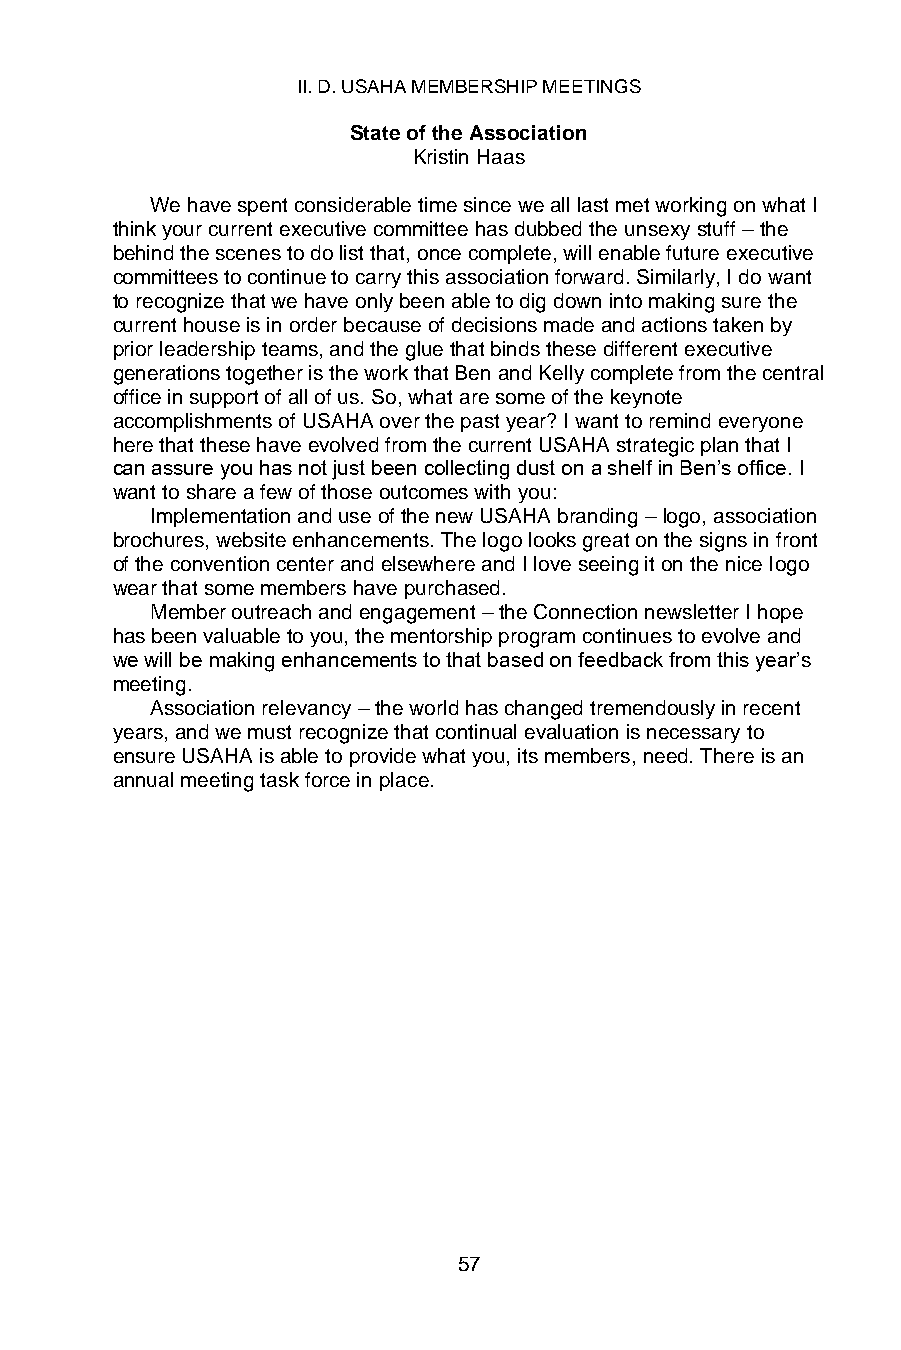
II. D. USAHA MEMBERSHIP MEETINGS
 State of the Association
 Kristin Haas
 We have spent considerable time since we all last met working on what I
 think your current executive committee has dubbed the unsexy stuff – the
 behind the scenes to do list that, once complete, will enable future executive
 committees to continue to carry this association forward. Similarly, I do want
 to recognize that we have only been able to dig down into making sure the
 current house is in order because of decisions made and actions taken by
 prior leadership teams, and the glue that binds these different executive
 generations together is the work that Ben and Kelly complete from the central
 office in support of all of us. So, what are some of the keynote
 accomplishments of USAHA over the past year? I want to remind everyone
 here that these have evolved from the current USAHA strategic plan that I
 can assure you has not just been collecting dust on a shelf in Ben’s office. I
 want to share a few of those outcomes with you:
 Implementation and use of the new USAHA branding – logo, association
 brochures, website enhancements. The logo looks great on the signs in front
 of the convention center and elsewhere and I love seeing it on the nice logo
 wear that some members have purchased.
 Member outreach and engagement – the Connection newsletter I hope
 has been valuable to you, the mentorship program continues to evolve and
 we will be making enhancements to that based on feedback from this year’s
 meeting.
 Association relevancy – the world has changed tremendously in recent
 years, and we must recognize that continual evaluation is necessary to
 ensure USAHA is able to provide what you, its members, need. There is an
 annual meeting task force in place.
 57